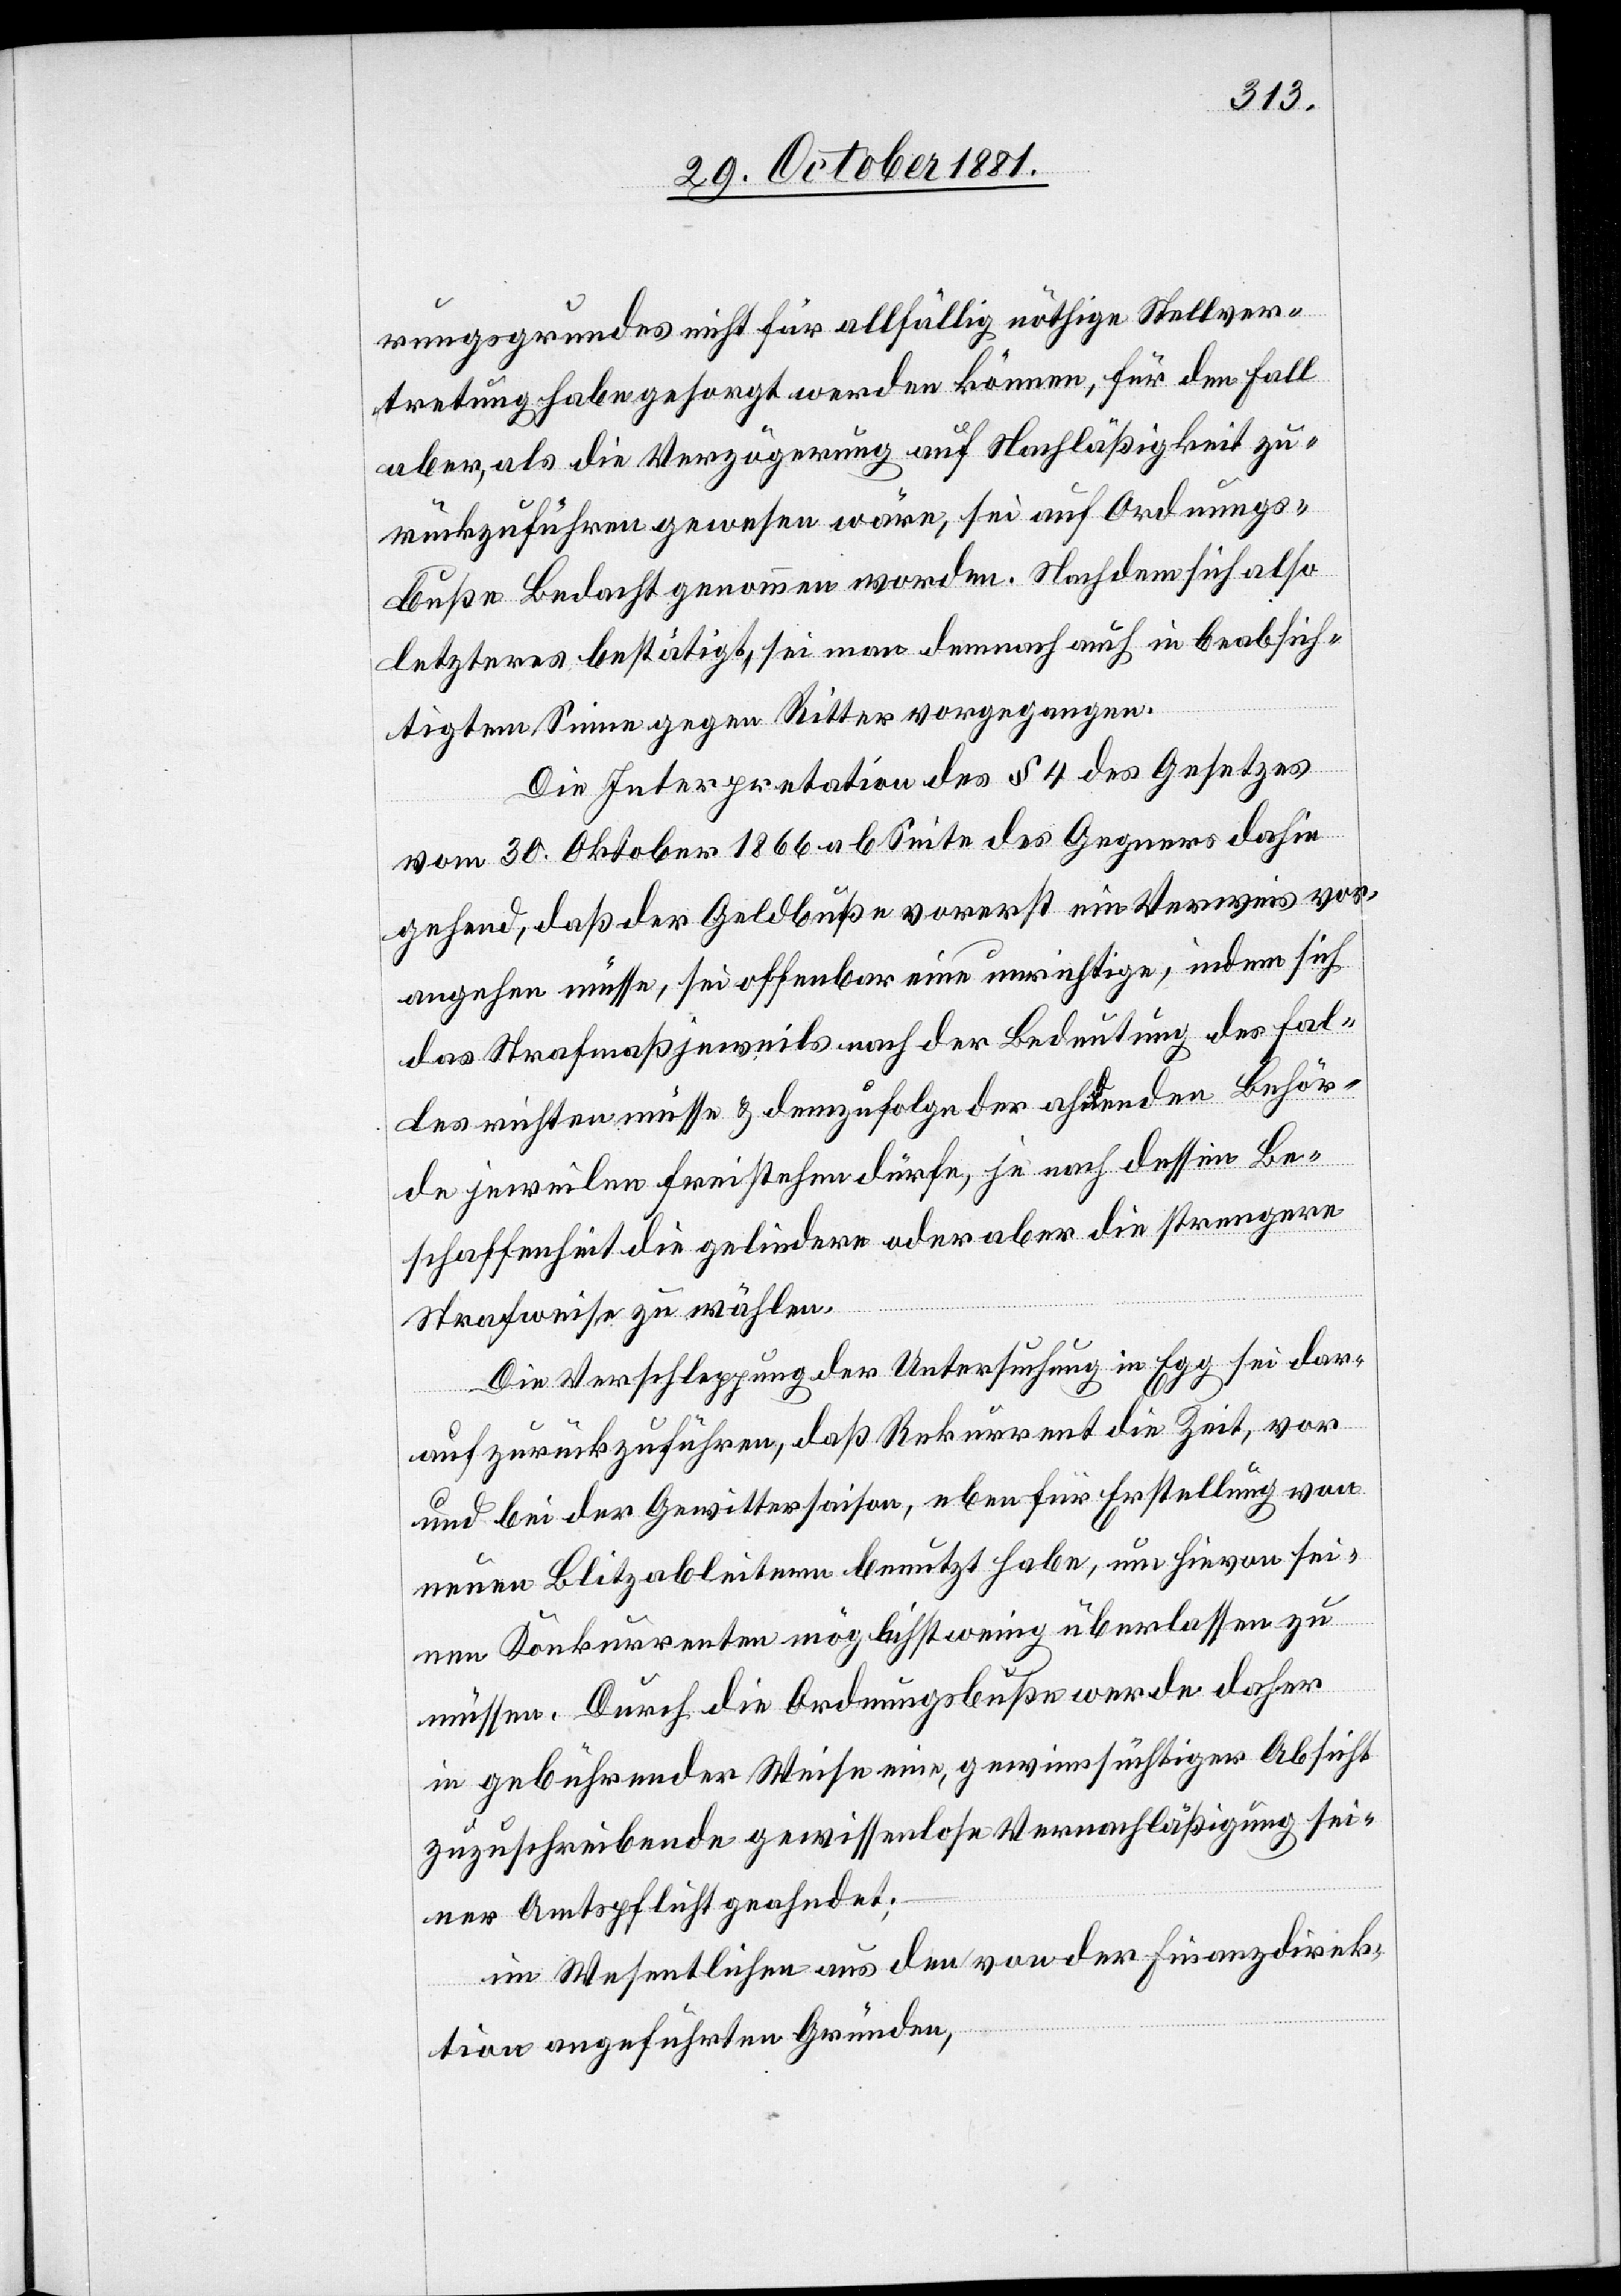
rungsgrundes nicht für allfällig nöthige Stellver¬
tretung habe gesorgt werden können, für den Fall
aber, als die Verzögerung auf Nachläßigkeit zu¬
rückzuführen gewesen wäre, sei auf Ordnungs¬
buße Bedacht genommen worden. Nachdem sich also
letzteres bestätigt, sei man demnach auch in beabsich¬
tigtem Sinne gegen Ritter vorgegangen.
Die Interpretation des § 4 des Gesetzes
vom 30. Oktober 1866 ab Seite des Gegners dahin
gehend, daß der Geldbuße vorerst ein Verweis vor¬
angehen müsse, sei offenbar eine unrichtige, indem sich
das Strafmaß jeweils nach der Bedeutung des Fal¬
les richten müsse & demzufolge der ahnenden Behör¬
de jeweilen freistehen dürfe, je nach dessen Be¬
schaffenheit die gelindere oder aber die strengere
Strafweise zu wählen.
Die Verschleppung der Untersuchung in Egg sei dar¬
auf zurückzuführen, daß Rekurrent die Zeit, vor
und bei der Gewittersaison, eben für Erstellung von
neuen Blitzableitern benutzt habe, um hievon sei¬
nen Konkurrenten möglichst wenig überlassen zu
müssen. Durch die Ordnungsbuße werde daher
in gebührender Weise eine, gewinnsüchtiger Absicht
zuzuschreibende gewissenlose Vernachläßigung sei¬
ner Amtspflicht geahndet;
im Wesentlichen aus den von der Finanzdirek¬
tion aufgeführten Gründen,